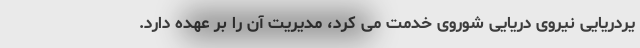
یردریایی نیروی دریایی شوروی خدمت می کرد، مدیریت آن را بر عهده دارد.